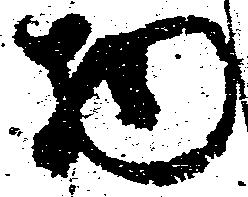
物